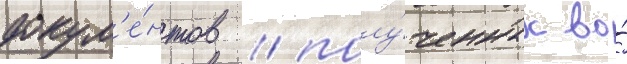
докум'е́нтов / полу́ченных во́